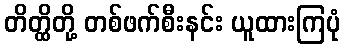
တိတ္ထိတို့ တစ်ဖက်စီးနင်း ယူထားကြပုံ